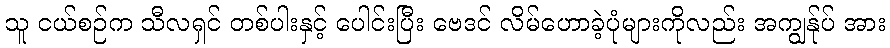
သူ ငယ်စဉ်က သီလရှင် တစ်ပါးနှင့် ပေါင်းပြီး ဗေဒင် လိမ်ဟောခဲ့ပုံများကိုလည်း အကျွန်ုပ် အား